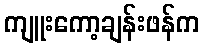
ကျူးကော့ချန်းဖန်က